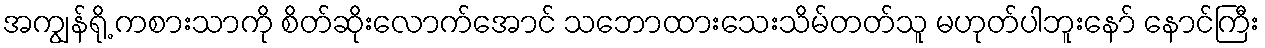
အကျွန်ရို့ ကစားသာကို စိတ်ဆိုးလောက်အောင် သဘောထားသေးသိမ်တတ်သူ မဟုတ်ပါဘူးနော် နောင်ကြီး